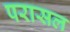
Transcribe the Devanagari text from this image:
परासल